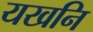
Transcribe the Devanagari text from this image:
यखनि